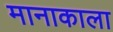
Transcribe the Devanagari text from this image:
मानाकाला